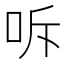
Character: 𭇓